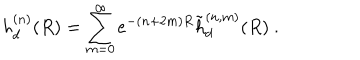
LaTeX: h _ { d } ^ { ( n ) } ( R ) = \sum _ { m = 0 } ^ { \infty } e ^ { - ( n + 2 m ) R } \tilde { h } _ { d } ^ { ( n , m ) } ( R ) \ .